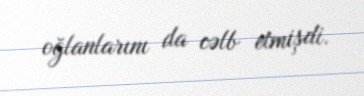
oğlanlarını da cəlb etmişdi.